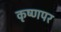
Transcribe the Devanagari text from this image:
कृष्णपर